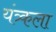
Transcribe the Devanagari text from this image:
यंत्र्कला